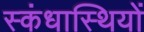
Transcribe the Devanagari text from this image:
स्कंधास्थियों